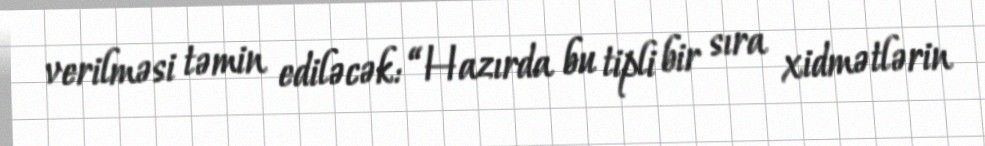
verilməsi təmin ediləcək: “Hazırda bu tipli bir sıra xidmətlərin